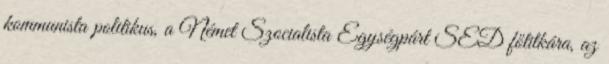
kommunista politikus, a Német Szocialista Egységpárt SED főtitkára, az